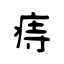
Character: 痔